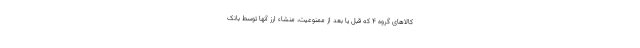
کالاهای گروه ۴ که قبل یا بعد از ممنوعیت، منشاء ارز آنها توسط بانک